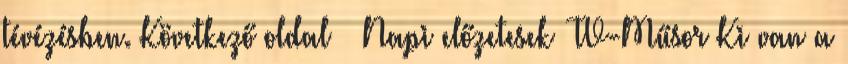
tévézésben. Következő oldal » Napi előzetesek TV-Műsor Ki van a